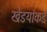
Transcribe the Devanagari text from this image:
खेडयांकडे